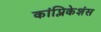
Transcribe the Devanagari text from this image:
कांप्लिकेशंस